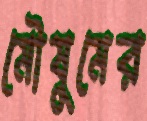
মৌষুমের